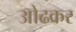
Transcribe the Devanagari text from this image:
ओढकर